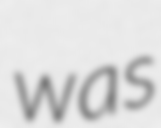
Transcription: was